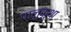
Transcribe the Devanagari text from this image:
पालुकुथा